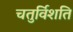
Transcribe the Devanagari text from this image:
चतुर्विशति